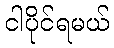
ငါပိုင်ရမယ်